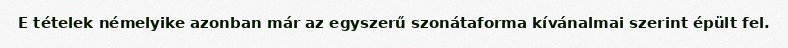
E tételek némelyike azonban már az egyszerű szonátaforma kívánalmai szerint épült fel.